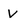
Character: V